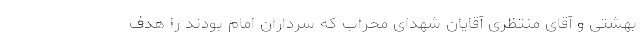
بهشتی و آقای منتظری آقایان شهدای محراب که سرداران امام بودند را هدف